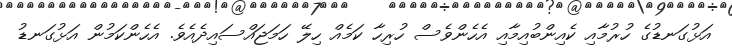
އަޅުގަނޑުގެ ހުރުމާއި ކެއިންބުއިމާއި އެހެންވެސް ހުރިހާ ކަމެއް ހިލޭ ހަމަޖައްސައިދެއެވެ. އެހެންކަމުން އަޅުގަނޑު